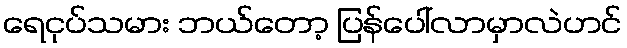
ရေငုပ်သမား ဘယ်တော့ ပြန်ပေါ်လာမှာလဲဟင်